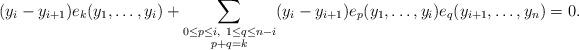
LaTeX: \begin{align*}(y_i-y_{i+1}) e_k(y_1,\ldots,y_i)+ \sum_{\substack{0\le p\le i,\ 1\le q\le n-i \\ p+q=k}} (y_i-y_{i+1}) e_{p}(y_1,\ldots,y_i) e_{q}(y_{i+1},\ldots,y_n) =0.\end{align*}